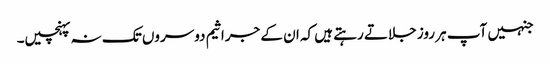
جنہیں آپ ہر روز جلاتے رہتے ہیں کہ ان کے جراثیم دوسروں تک نہ پہنچیں۔